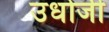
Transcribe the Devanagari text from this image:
उधोजी